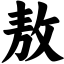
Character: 敖